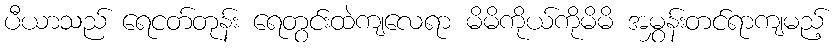
ပီယာသည် ရေငတ်တုန်း ရေတွင်းထဲကျလေရာ မိမိကိုယ်ကိုမိမိ အမွှန်းတင်ရာကျမည့်